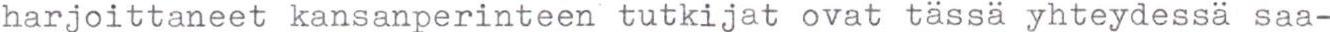
harjoittaneet kansanperinteen tutkijat ovat tässä yhteydessä saa-